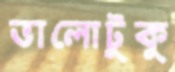
ভালোটুকু